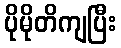
ပိုမိုတိကျပြီး